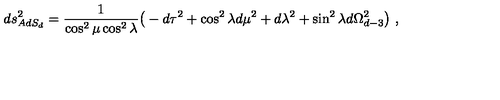
d s _ { A d S _ { d } } ^ { 2 } = { \frac { 1 } { \cos ^ { 2 } \mu \cos ^ { 2 } \lambda } } \big ( - d \tau ^ { 2 } + \cos ^ { 2 } \lambda d \mu ^ { 2 } + d \lambda ^ { 2 } + \sin ^ { 2 } \lambda d \Omega _ { d - 3 } ^ { 2 } \big ) \ ,